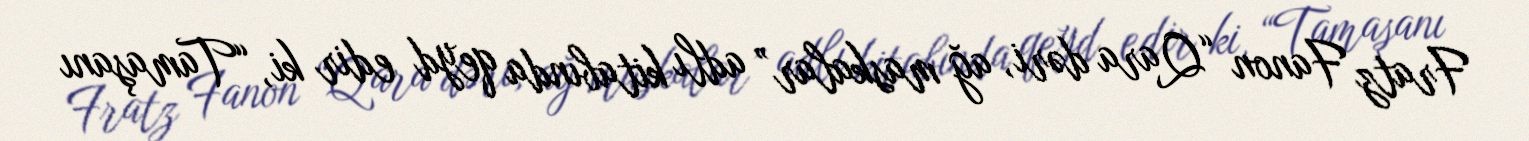
Fratz Fanon “Qara dəri, ağ maskalar” adlı kitabında qeyd edir ki, “Tamaşanı